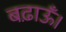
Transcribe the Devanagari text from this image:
बढ़ाऊँ।